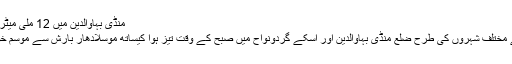
منڈی بہاوالدین میں 12 ملی میٹر بارش ریکارڈ
پنجاب بھر کے مختلف شہروں کی طرح ضلع منڈی بہاوالدین اور اسکے گردونواح میں صبح کے وقت تیز ہوا کیساتھ موسلادھار بارش سے موسم خوشگوار ہو گیا۔